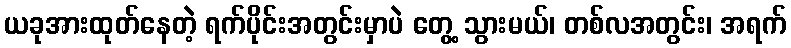
ယခုအားထုတ်နေတဲ့ ရက်ပိုင်းအတွင်းမှာပဲ တွေ့ သွားမယ်၊ တစ်လအတွင်း၊ အရက်